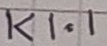
Text: K1.1